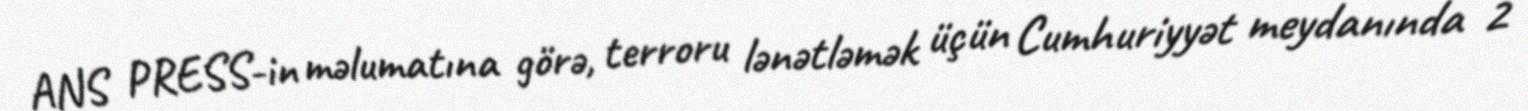
ANS PRESS-in məlumatına görə, terroru lənətləmək üçün Cumhuriyyət meydanında 2